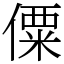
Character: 僳